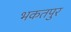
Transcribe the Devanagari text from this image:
भकतपुर